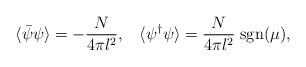
LaTeX: \begin{align*}\langle\bar{\psi}\psi\rangle = -\frac{N}{4\pi l^2},\;\;\; \langle\psi^\dagger \psi\rangle = \frac{N}{4\pi l^2}\;{\rm sgn}(\mu),\end{align*}